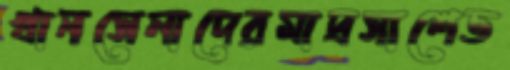
খানসেনাদেরমাদ্রসাশেভ